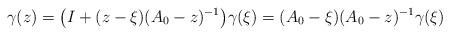
LaTeX: \begin{align*} \gamma(z) = \bigl(I + (z - \xi)(A_0 - z)^{-1}\bigr)\gamma(\xi)=(A_0-\xi)(A_0-z)^{-1}\gamma(\xi)\end{align*}